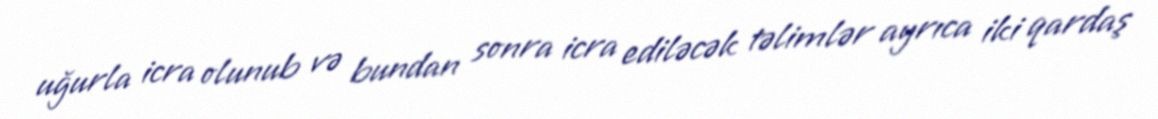
uğurla icra olunub və bundan sonra icra ediləcək təlimlər ayrıca iki qardaş